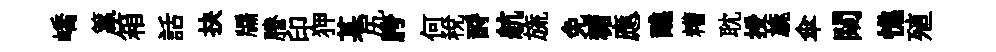
嶠籯箱話抉牖謄印狎某尻胯何稅酹航旒免糖應醮糟耽授旐傘闚憔殖